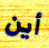
أين